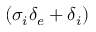
( \sigma _ { i } \delta _ { e } + \delta _ { i } )